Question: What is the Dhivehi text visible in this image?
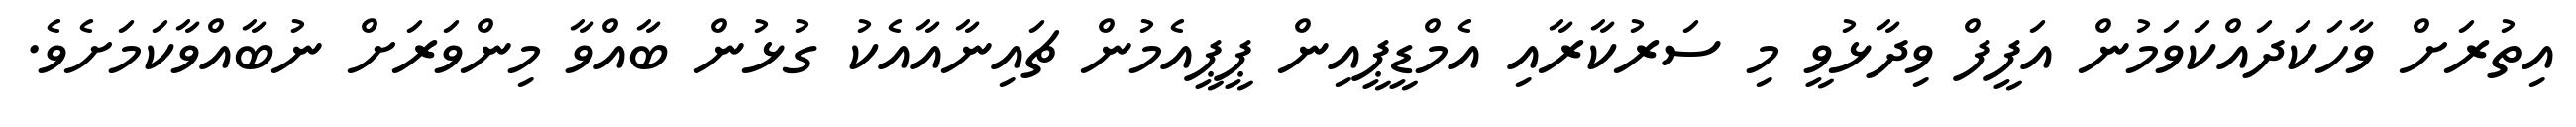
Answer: އިތުރަށް ވާހަކަދައްކަވަމުން އަފީފް ވިދާޅުވީ މި ސަރުކާރާއި އެމްޑީޕީއިން ޕީޕީއެމުން ޗައިނާއާއެކު ގުޅުން ބާއްވާ މިންވަރަށް ނުބާއްވާކަމަށެވެ.